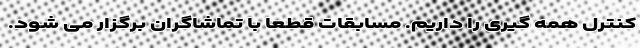
کنترل همه گیری را داریم. مسابقات قطعا با تماشاگران برگزار می شود.